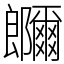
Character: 鿥